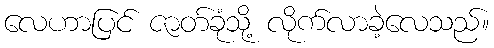
လေဟာပြင် ဇာတ်ခုံသို့ လိုက်လာခဲ့လေသည်။